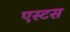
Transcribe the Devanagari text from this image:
एस्टस